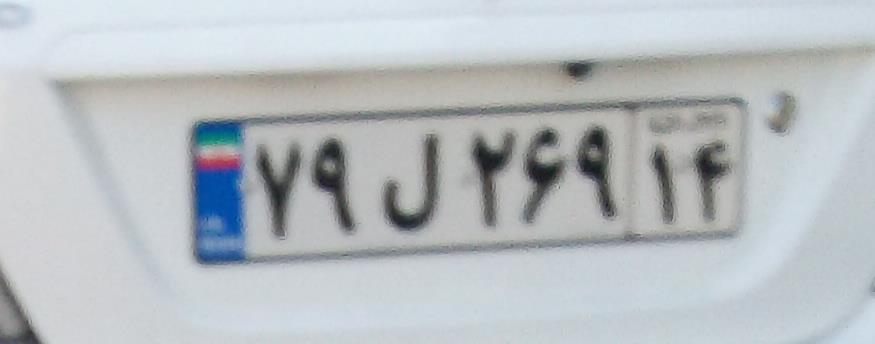
۷۹ل۲۶۹۱۴